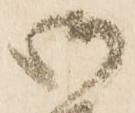
御